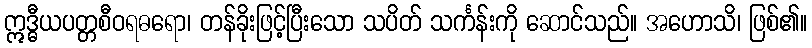
ဣဒ္ဓီယပတ္တစီဝရဓရော၊ တန်ခိုးဖြင့်ပြီးသော သပိတ် သင်္ကန်းကို ဆောင်သည်။ အဟောသိ၊ ဖြစ်၏။